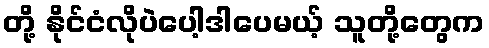
တို့ နိုင်ငံလိုပဲပေါ့ဒါပေမယ့် သူတို့တွေက